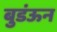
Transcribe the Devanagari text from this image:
बुडंऊन